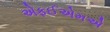
એફઈએમએ